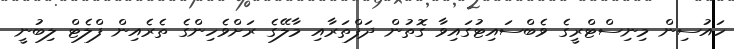
ހައުސިން މިނިސްޓްރީގެ ވެބްސައިޓުގައިވާ ގޮތުން ދަފްތަރާއި މާލޭގެ ރަށްވެހިންގެ ތެރެއިން ފްލެޓް ލިބުނީ